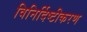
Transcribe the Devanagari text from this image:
विनिर्दिष्टीकरण